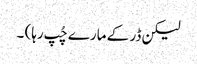
لیکن ڈر کے مارے چُپ رہا) ۔